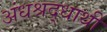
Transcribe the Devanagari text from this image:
अंधश्रद्धाथी